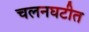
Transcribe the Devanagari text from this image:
चलनघटीत